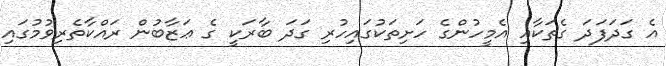
އެ ގަދަފަދަ ގެތަކާއި އެމީހުންގެ ހަށިތަކުގައިހުރި ގަދަ ބާރަކީ ގެ ޢަޒާބުން ރައްކާތެރިވުމުގައި